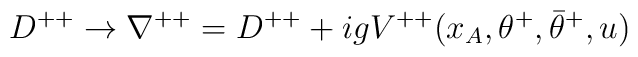
D^{++}\rightarrow \nabla^{++}=D^{++} + igV^{++}(x_A,\theta^+,\bar\theta^+,u)